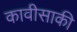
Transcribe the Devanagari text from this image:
कावीसाकी